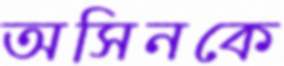
অসিনকে